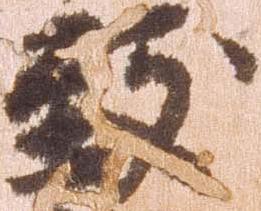
致